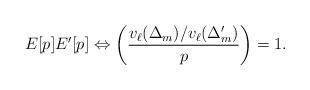
LaTeX: \begin{align*} E[p] E'[p] \Leftrightarrow \left (\frac{v_\ell(\Delta_m)/v_\ell(\Delta_m')}{p} \right) = 1. \end{align*}